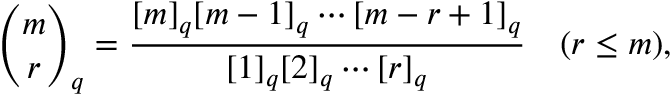
{ \binom { m } { r } } _ { q } = { \frac { [ m ] _ { q } [ m - 1 ] _ { q } \cdots [ m - r + 1 ] _ { q } } { [ 1 ] _ { q } [ 2 ] _ { q } \cdots [ r ] _ { q } } } \quad ( r \leq m ) ,